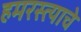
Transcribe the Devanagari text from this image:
हमरस्त्याचे